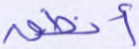
أنطق